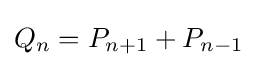
Q_{n}=P_{n+1}+P_{n-1}